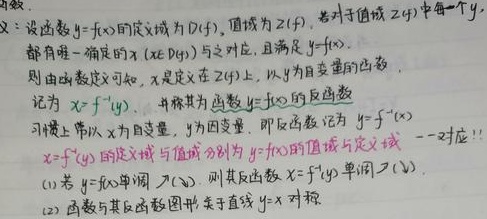
1. 定义：设函数 \(y = f(x)\) 的定义域为 \(D(f)\)，值域为 \(Z(f)\)。若对于值域 \(Z(f)\) 中每一个 \(y\)，都有唯一确定的 \(x(x\in D(f))\) 与之对应，且满足 \(y = f(x)\)，则由函数定义可知，\(x\) 是定义在 \(Z(f)\) 上，以 \(y\) 为自变量的函数，记为 \(x = f^{-1}(y)\)，并称其为函数 \(y = f(x)\) 的反函数。习惯上常以 \(x\) 为自变量，\(y\) 为因变量，即反函数记为 \(y = f^{-1}(x)\)。\(y = f^{-1}(x)\) 的定义域与值域分别为 \(y = f(x)\) 的值域与定义域（一一对应）！
(1) 若 \(y = f(x)\) 单调 \( \nearrow(\searrow)\)，则其反函数 \(x = f^{-1}(y)\) 单调 \( \nearrow(\searrow)\)。
(2) 函数与其反函数图形关于直线 \(y = x\) 对称。